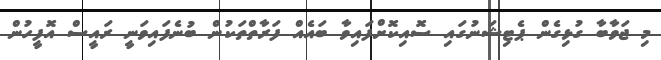
މި ޖަވާބާ ގުޅިގެން ޕެޓިޝަނުގައި ސޮއިކޮށްފައިވާ ބައެއް ފަރާތްތަކުން ބުނެފައިވަނީ ރައީސް އޮފީހުން